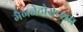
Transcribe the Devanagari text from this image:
मैगनेटोसेप्शन